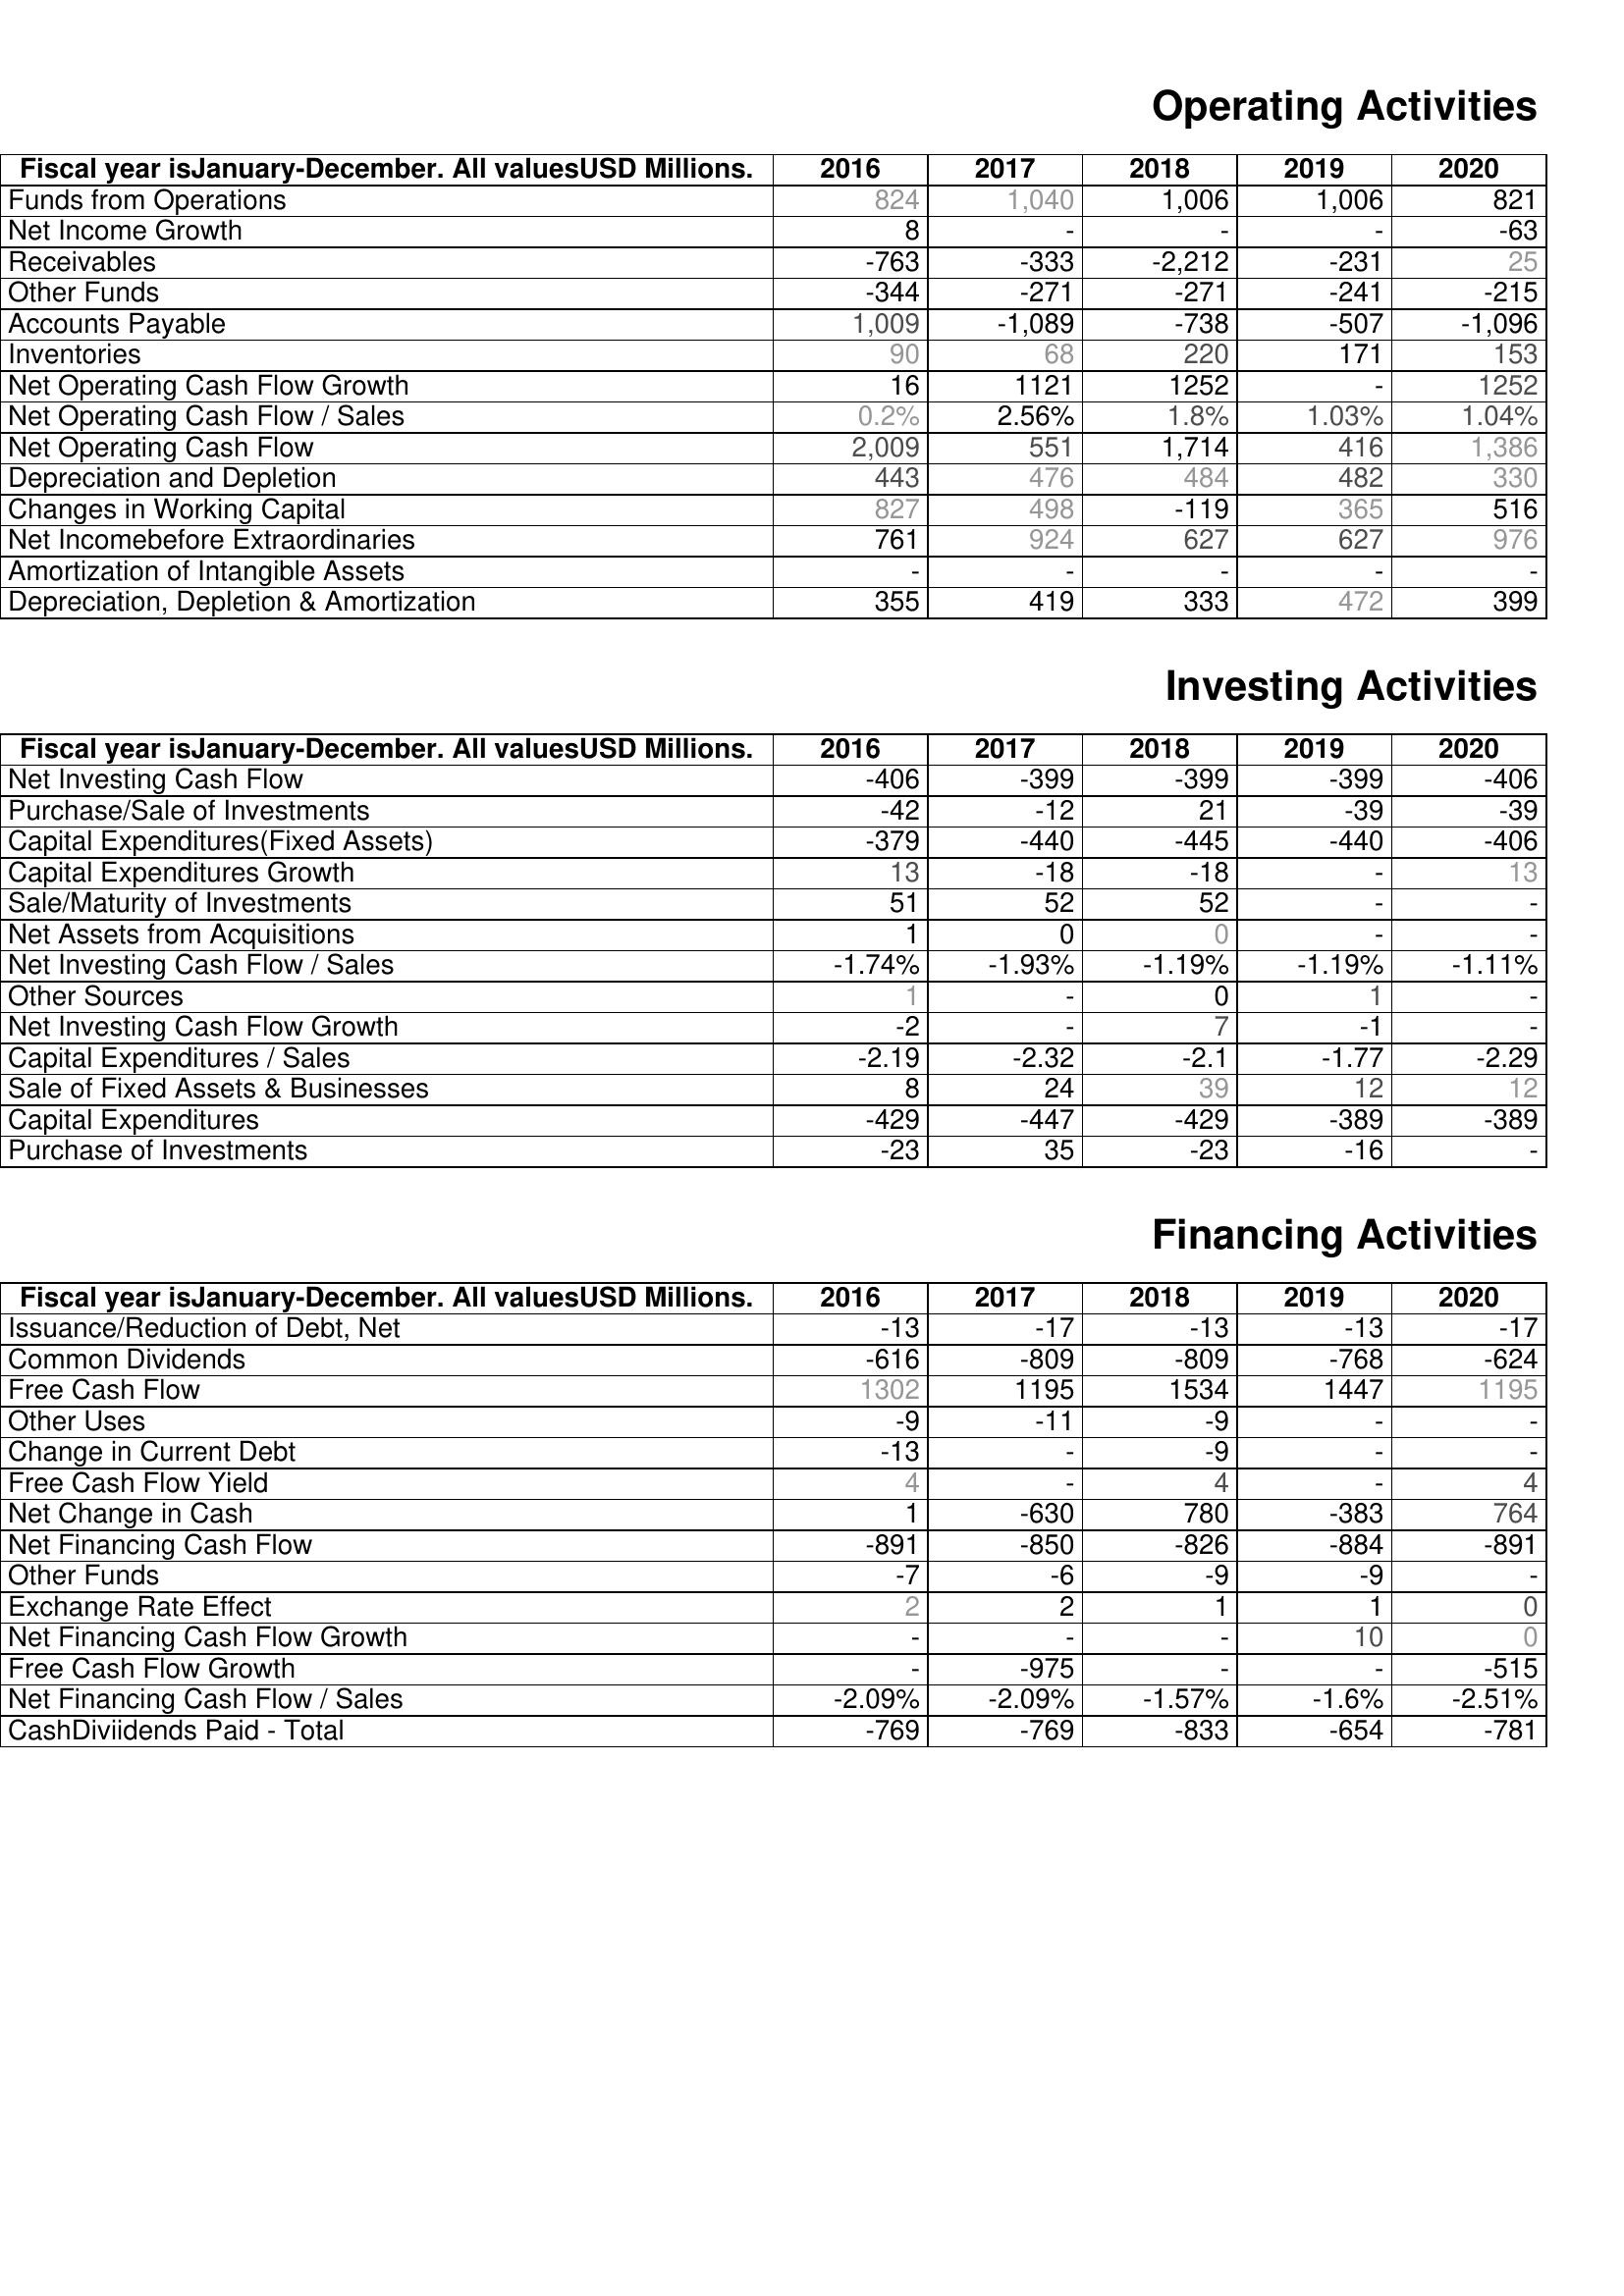
2016: Operating Activities: Funds from Operations: 824
Net Income Growth: 8
Receivables: -763
Other Funds: -344
Accounts Payable: 1,009
Inventories: 90
Net Operating Cash Flow Growth: 16
Net Operating Cash Flow / Sales: 0.2%
Net Operating Cash Flow: 2,009
Depreciation and Depletion: 443
Changes in Working Capital: 827
Net Incomebefore Extraordinaries: 761
Amortization of Intangible Assets: -
Depreciation, Depletion & Amortization: 355
Investing Activities: Net Investing Cash Flow: -406
Purchase/Sale of Investments: -42
Capital Expenditures(Fixed Assets): -379
Capital Expenditures Growth: 13
Sale/Maturity of Investments: 51
Net Assets from Acquisitions: 1
Net Investing Cash Flow / Sales: -1.74%
Other Sources: 1
Net Investing Cash Flow Growth: -2
Capital Expenditures / Sales: -2.19
Sale of Fixed Assets & Businesses: 8
Capital Expenditures: -429
Purchase of Investments: -23
Financing Activities: Issuance/Reduction of Debt, Net: -13
Common Dividends: -616
Free Cash Flow: 1302
Other Uses: -9
Change in Current Debt: -13
Free Cash Flow Yield: 4
Net Change in Cash: 1
Net Financing Cash Flow: -891
Other Funds: -7
Exchange Rate Effect: 2
Net Financing Cash Flow Growth: -
Free Cash Flow Growth: -
Net Financing Cash Flow / Sales: -2.09%
CashDiviidends Paid - Total: -769
2017: Operating Activities: Funds from Operations: 1,040
Net Income Growth: -
Receivables: -333
Other Funds: -271
Accounts Payable: -1,089
Inventories: 68
Net Operating Cash Flow Growth: 1121
Net Operating Cash Flow / Sales: 2.56%
Net Operating Cash Flow: 551
Depreciation and Depletion: 476
Changes in Working Capital: 498
Net Incomebefore Extraordinaries: 924
Amortization of Intangible Assets: -
Depreciation, Depletion & Amortization: 419
Investing Activities: Net Investing Cash Flow: -399
Purchase/Sale of Investments: -12
Capital Expenditures(Fixed Assets): -440
Capital Expenditures Growth: -18
Sale/Maturity of Investments: 52
Net Assets from Acquisitions: 0
Net Investing Cash Flow / Sales: -1.93%
Other Sources: -
Net Investing Cash Flow Growth: -
Capital Expenditures / Sales: -2.32
Sale of Fixed Assets & Businesses: 24
Capital Expenditures: -447
Purchase of Investments: 35
Financing Activities: Issuance/Reduction of Debt, Net: -17
Common Dividends: -809
Free Cash Flow: 1195
Other Uses: -11
Change in Current Debt: -
Free Cash Flow Yield: -
Net Change in Cash: -630
Net Financing Cash Flow: -850
Other Funds: -6
Exchange Rate Effect: 2
Net Financing Cash Flow Growth: -
Free Cash Flow Growth: -975
Net Financing Cash Flow / Sales: -2.09%
CashDiviidends Paid - Total: -769
2018: Operating Activities: Funds from Operations: 1,006
Net Income Growth: -
Receivables: -2,212
Other Funds: -271
Accounts Payable: -738
Inventories: 220
Net Operating Cash Flow Growth: 1252
Net Operating Cash Flow / Sales: 1.8%
Net Operating Cash Flow: 1,714
Depreciation and Depletion: 484
Changes in Working Capital: -119
Net Incomebefore Extraordinaries: 627
Amortization of Intangible Assets: -
Depreciation, Depletion & Amortization: 333
Investing Activities: Net Investing Cash Flow: -399
Purchase/Sale of Investments: 21
Capital Expenditures(Fixed Assets): -445
Capital Expenditures Growth: -18
Sale/Maturity of Investments: 52
Net Assets from Acquisitions: 0
Net Investing Cash Flow / Sales: -1.19%
Other Sources: 0
Net Investing Cash Flow Growth: 7
Capital Expenditures / Sales: -2.1
Sale of Fixed Assets & Businesses: 39
Capital Expenditures: -429
Purchase of Investments: -23
Financing Activities: Issuance/Reduction of Debt, Net: -13
Common Dividends: -809
Free Cash Flow: 1534
Other Uses: -9
Change in Current Debt: -9
Free Cash Flow Yield: 4
Net Change in Cash: 780
Net Financing Cash Flow: -826
Other Funds: -9
Exchange Rate Effect: 1
Net Financing Cash Flow Growth: -
Free Cash Flow Growth: -
Net Financing Cash Flow / Sales: -1.57%
CashDiviidends Paid - Total: -833
2019: Operating Activities: Funds from Operations: 1,006
Net Income Growth: -
Receivables: -231
Other Funds: -241
Accounts Payable: -507
Inventories: 171
Net Operating Cash Flow Growth: -
Net Operating Cash Flow / Sales: 1.03%
Net Operating Cash Flow: 416
Depreciation and Depletion: 482
Changes in Working Capital: 365
Net Incomebefore Extraordinaries: 627
Amortization of Intangible Assets: -
Depreciation, Depletion & Amortization: 472
Investing Activities: Net Investing Cash Flow: -399
Purchase/Sale of Investments: -39
Capital Expenditures(Fixed Assets): -440
Capital Expenditures Growth: -
Sale/Maturity of Investments: -
Net Assets from Acquisitions: -
Net Investing Cash Flow / Sales: -1.19%
Other Sources: 1
Net Investing Cash Flow Growth: -1
Capital Expenditures / Sales: -1.77
Sale of Fixed Assets & Businesses: 12
Capital Expenditures: -389
Purchase of Investments: -16
Financing Activities: Issuance/Reduction of Debt, Net: -13
Common Dividends: -768
Free Cash Flow: 1447
Other Uses: -
Change in Current Debt: -
Free Cash Flow Yield: -
Net Change in Cash: -383
Net Financing Cash Flow: -884
Other Funds: -9
Exchange Rate Effect: 1
Net Financing Cash Flow Growth: 10
Free Cash Flow Growth: -
Net Financing Cash Flow / Sales: -1.6%
CashDiviidends Paid - Total: -654
2020: Operating Activities: Funds from Operations: 821
Net Income Growth: -63
Receivables: 25
Other Funds: -215
Accounts Payable: -1,096
Inventories: 153
Net Operating Cash Flow Growth: 1252
Net Operating Cash Flow / Sales: 1.04%
Net Operating Cash Flow: 1,386
Depreciation and Depletion: 330
Changes in Working Capital: 516
Net Incomebefore Extraordinaries: 976
Amortization of Intangible Assets: -
Depreciation, Depletion & Amortization: 399
Investing Activities: Net Investing Cash Flow: -406
Purchase/Sale of Investments: -39
Capital Expenditures(Fixed Assets): -406
Capital Expenditures Growth: 13
Sale/Maturity of Investments: -
Net Assets from Acquisitions: -
Net Investing Cash Flow / Sales: -1.11%
Other Sources: -
Net Investing Cash Flow Growth: -
Capital Expenditures / Sales: -2.29
Sale of Fixed Assets & Businesses: 12
Capital Expenditures: -389
Purchase of Investments: -
Financing Activities: Issuance/Reduction of Debt, Net: -17
Common Dividends: -624
Free Cash Flow: 1195
Other Uses: -
Change in Current Debt: -
Free Cash Flow Yield: 4
Net Change in Cash: 764
Net Financing Cash Flow: -891
Other Funds: -
Exchange Rate Effect: 0
Net Financing Cash Flow Growth: 0
Free Cash Flow Growth: -515
Net Financing Cash Flow / Sales: -2.51%
CashDiviidends Paid - Total: -781